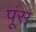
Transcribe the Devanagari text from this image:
पूंस